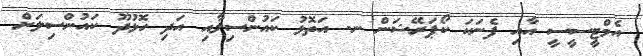
އެމްޓީސީސީ އާއި ފެނަކަ ކޯޕަރޭޝަން ނ. އަތޮޅު ކައުންސިލާއި އަދި ހޮޅުދޫ ކައުންސިލަށް